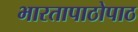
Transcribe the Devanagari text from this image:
भारतापाठोपाठ